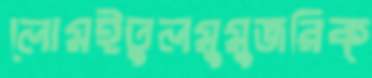
লোমইতুলমুমুজরিক্